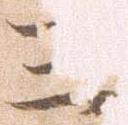
三